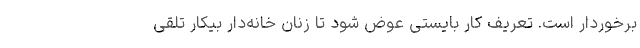
برخوردار است. تعریف کار بایستی عوض شود تا زنان خانه‌دار بیکار تلقی